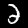
Digit: 2